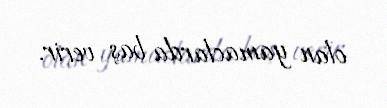
olan yamaclarda baş verir.